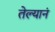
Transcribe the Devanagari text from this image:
तेल्यानं